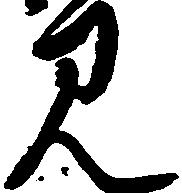
見